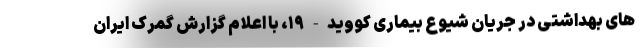
های بهداشتی در جریان شیوع بیماری کووید-۱۹، با اعلام گزارش گمرک ایران